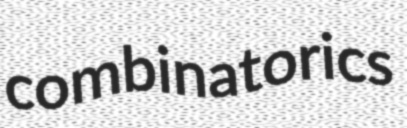
combinatorics